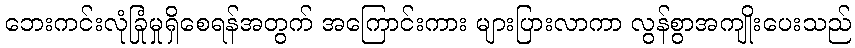
ဘေးကင်းလုံခြုံမှုရှိစေရန်အတွက် အကြောင်းကား များပြားလာကာ လွန်စွာအကျိုးပေးသည်